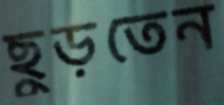
ছুড়তেন